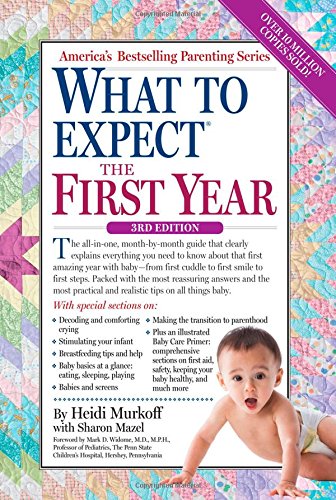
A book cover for What to Expect the First Year; Heidi Murkoff; Parenting & Relationships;